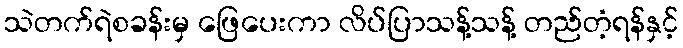
သဲတက်ရဲစခန်းမှ ဖြေပေးကာ လိပ်ပြာသန့်သန့် တည်တံ့ရန်နှင့်